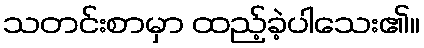
သတင်းစာမှာ ထည့်ခဲ့ပါသေး၏။